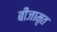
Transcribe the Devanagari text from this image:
बीजामृत